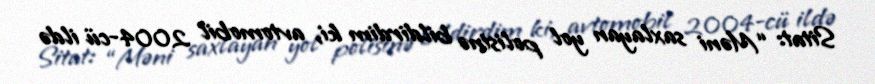
Sitat: “Məni saxlayan yol polisinə bildirdim ki, avtomobil 2004-cü ildə